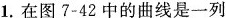
1. 在图7-42中的曲线是一列